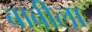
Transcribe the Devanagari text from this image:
बाबीला